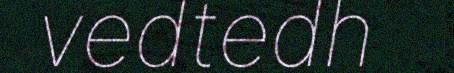
vedtedh